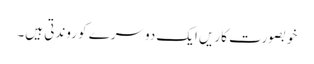
خوبصورت کاریں ایک دوسرے کو روندتی ہیں۔